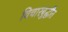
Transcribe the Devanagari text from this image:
विचारबुद्धीत